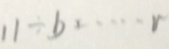
1 1 \div b \cdots r